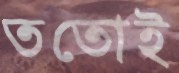
ততোই